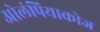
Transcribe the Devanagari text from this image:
ओलंपियाकोज